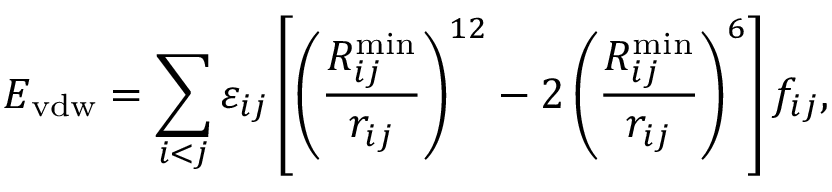
E _ { \mathrm { v d w } } = \sum _ { i < j } \varepsilon _ { i j } \left[ \left( \frac { R _ { i j } ^ { \mathrm { m i n } } } { r _ { i j } } \right) ^ { 1 2 } - 2 \left( \frac { R _ { i j } ^ { \mathrm { m i n } } } { r _ { i j } } \right) ^ { 6 } \right] f _ { i j } ,